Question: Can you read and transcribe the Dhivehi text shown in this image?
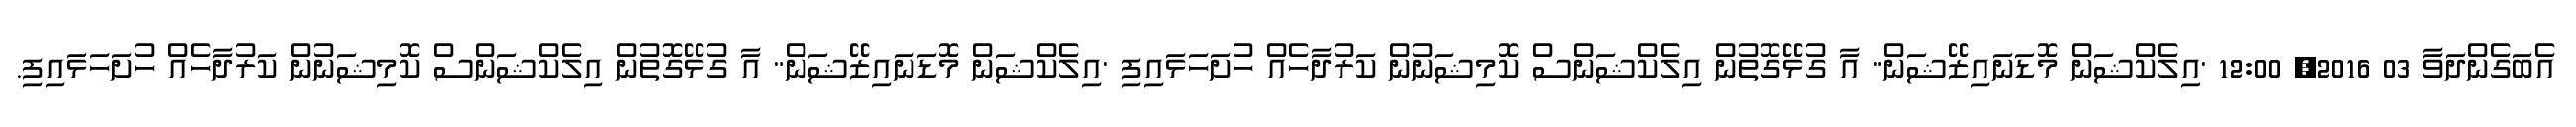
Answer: އެބަގެންދަވާ 03 2016, 12:00 'އިލެކްޝަން މޮޑަނައިޒޭޝަން" އާ ގުޅޭގޮތުން އިލެކްޝަންސް ކޮމިޝަނުން ކަރުދާހެއް ހުށަހަޅައިފި 'އިލެކްޝަން މޮޑަނައިޒޭޝަން" އާ ގުޅޭގޮތުން އިލެކްޝަންސް ކޮމިޝަނުން ކަރުދާހެއް ހުށަހަޅައިފި.